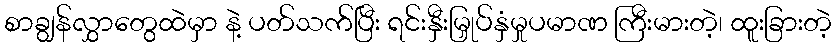
စာချွန်လွှာတွေထဲမှာ နဲ့ ပတ်သက်ပြီး ရင်းနှီးမြှုပ်နှံမှုပမာဏ ကြီးမားတဲ့၊ ထူးခြားတဲ့